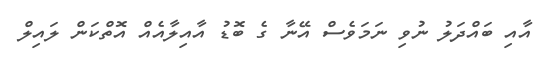
އާއި ބައްދަލު ނުވި ނަމަވެސް އޭނާ ގެ ބޮޑު އާއިލާއެއް އޮތްކަން ލައިލް